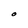
Character: O